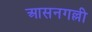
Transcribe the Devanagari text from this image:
आसनगल्ली